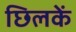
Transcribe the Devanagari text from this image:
छिलकें